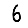
Digit: 6